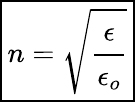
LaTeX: \boxed{n=\sqrt{\cfrac{\epsilon}{\epsilon_{o}}}}